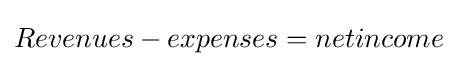
Revenues-expenses=netincome